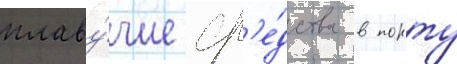
плаву́чие ср'е́дства в порту